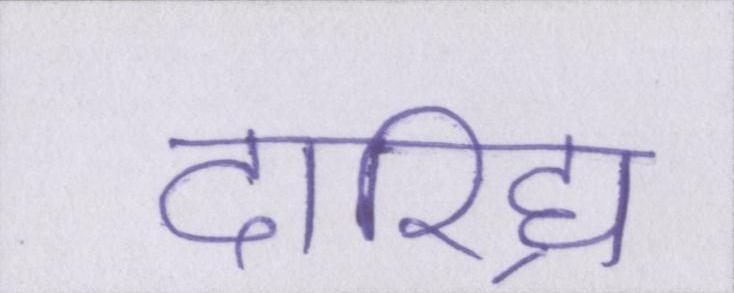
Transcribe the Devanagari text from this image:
दारिद्र्य